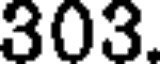
303.